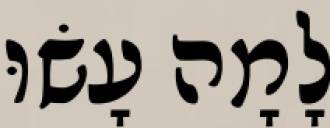
לָמָה עָשׂוּ